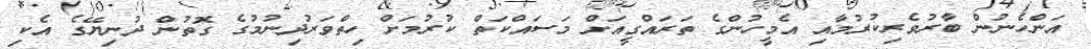
އަންހެނުން ބާރުވެރިކުރުމާއި އެމީހުންގެ ތަރައްގީއަށް މަސައްކަތް ކުރުމަށް ހިތްވަރުދިނުމުގެ ގޮތުން ދުނިޔޭގެ އެކި